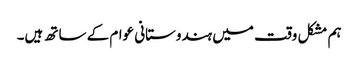
ہم مشکل وقت میں ہندوستانی عوام کے ساتھ ہیں۔